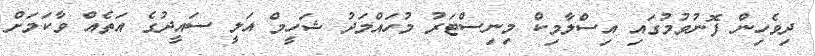
ދިވެހިން ފޮނުވުމުގައި އިސްލާމިކް މިނިސްޓަރު މުހައްމަދު ޝަހީމް އަލީ ސައީދުގެ އަތެއް ވާކަމަށް